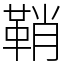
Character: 鞘